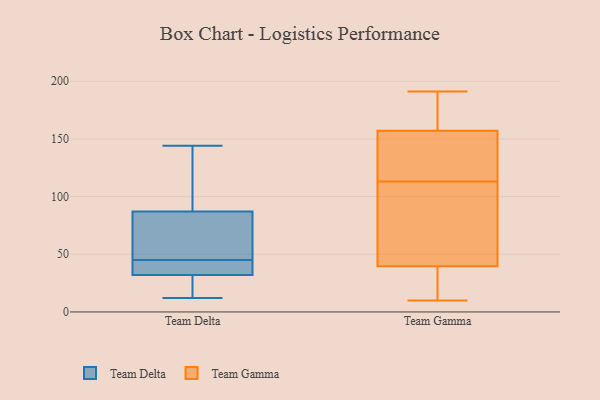
{"axis": {"x": "Production Output", "y": "Value"}, "legend": ["Team Delta", "Team Gamma"], "data": [{"x": "", "y": 89, "type": "Team Delta"}, {"x": "", "y": 38, "type": "Team Delta"}, {"x": "", "y": 45, "type": "Team Delta"}, {"x": "", "y": 81, "type": "Team Delta"}, {"x": "", "y": 46, "type": "Team Delta"}, {"x": "", "y": 12, "type": "Team Delta"}, {"x": "", "y": 144, "type": "Team Delta"}, {"x": "", "y": 91, "type": "Team Delta"}, {"x": "", "y": 30, "type": "Team Delta"}, {"x": "", "y": 25, "type": "Team Delta"}, {"x": "", "y": 42, "type": "Team Delta"}, {"x": "", "y": 37, "type": "Team Gamma"}, {"x": "", "y": 94, "type": "Team Gamma"}, {"x": "", "y": 170, "type": "Team Gamma"}, {"x": "", "y": 134, "type": "Team Gamma"}, {"x": "", "y": 75, "type": "Team Gamma"}, {"x": "", "y": 132, "type": "Team Gamma"}, {"x": "", "y": 27, "type": "Team Gamma"}, {"x": "", "y": 10, "type": "Team Gamma"}, {"x": "", "y": 153, "type": "Team Gamma"}, {"x": "", "y": 42, "type": "Team Gamma"}, {"x": "", "y": 176, "type": "Team Gamma"}, {"x": "", "y": 191, "type": "Team Gamma"}, {"x": "", "y": 176, "type": "Team Gamma"}, {"x": "", "y": 35, "type": "Team Gamma"}, {"x": "", "y": 134, "type": "Team Gamma"}, {"x": "", "y": 161, "type": "Team Gamma"}, {"x": "", "y": 13, "type": "Team Gamma"}, {"x": "", "y": 48, "type": "Team Gamma"}, {"x": "", "y": 48, "type": "Team Gamma"}, {"x": "", "y": 134, "type": "Team Gamma"}]}